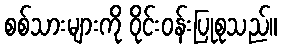
စစ်သားများကို ဝိုင်းဝန်းပြုစုသည်။